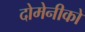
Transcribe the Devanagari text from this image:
दोमेनीको